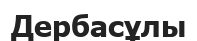
Дербасұлы